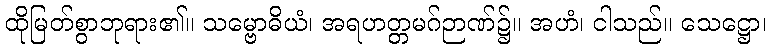
ထိုမြတ်စွာဘုရား၏။ သမ္ဗောဓိယံ၊ အရဟတ္တမဂ်ဉာဏ်၌။ အဟံ၊ ငါသည်။ သေဋ္ဌော၊